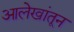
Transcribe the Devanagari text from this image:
आलेखांतून